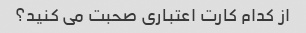
از کدام کارت اعتباری صحبت می کنید؟